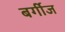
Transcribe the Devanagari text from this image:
बर्गीज